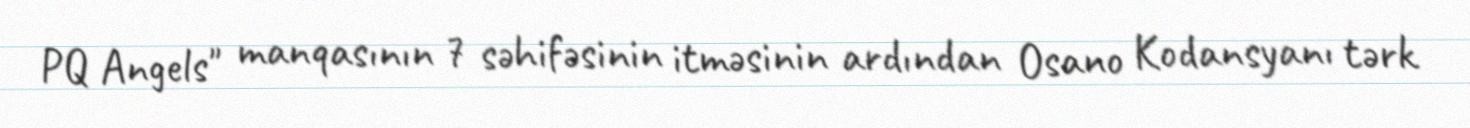
PQ Angels" manqasının 7 səhifəsinin itməsinin ardından Osano Kodansyanı tərk